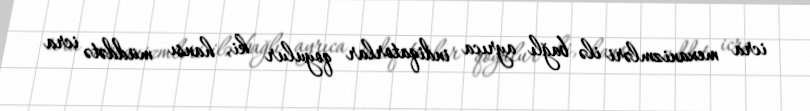
icra mexanizmləri ilə bağlı ayrıca indiqatorlar qoyulur ki, hansı müddətə icra